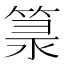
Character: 𥯐